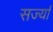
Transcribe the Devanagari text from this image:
सर्ज्या